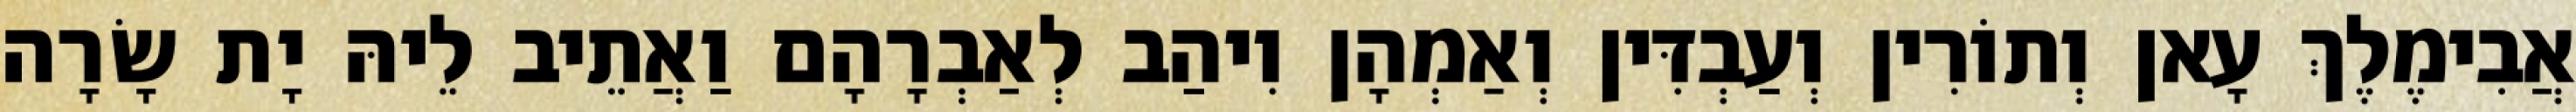
אֲבִימֶלֶךְ עָאן וְתוֹרִין וְעַבְדִּין וְאַמְהָן וִיהַב לְאַבְרָהָם וַאֲתֵיב לֵיהּ יָת שָׂרָה